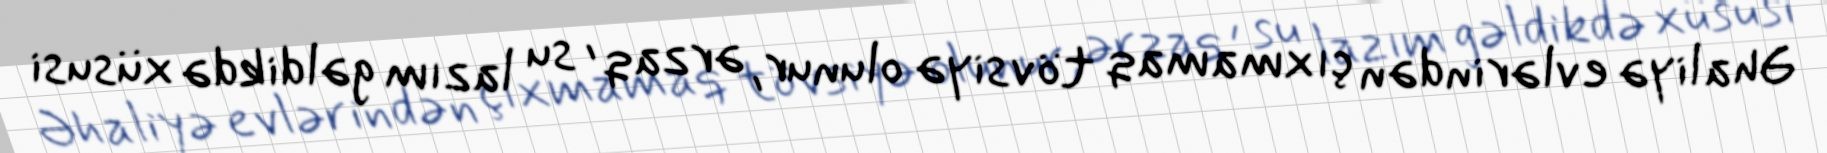
Əhaliyə evlərindən çıxmamaq tövsiyə olunur, ərzaq , su lazım gəldikdə xüsusi